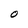
Character: O